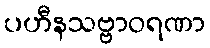
ပဟီနသဗ္ဗာဝရဏာ